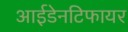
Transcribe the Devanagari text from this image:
आईडेनटिफायर